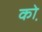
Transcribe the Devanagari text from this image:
को़